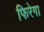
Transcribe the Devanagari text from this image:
फिरेगा